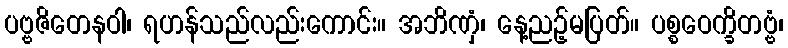
ပဗ္ဗဇိတေနဝါ၊ ရဟန်သည်လည်းကောင်း။ အဘိဏှံ၊ နေ့ညဉ့်မပြတ်။ ပစ္စဝေက္ခိတဗ္ဗံ၊